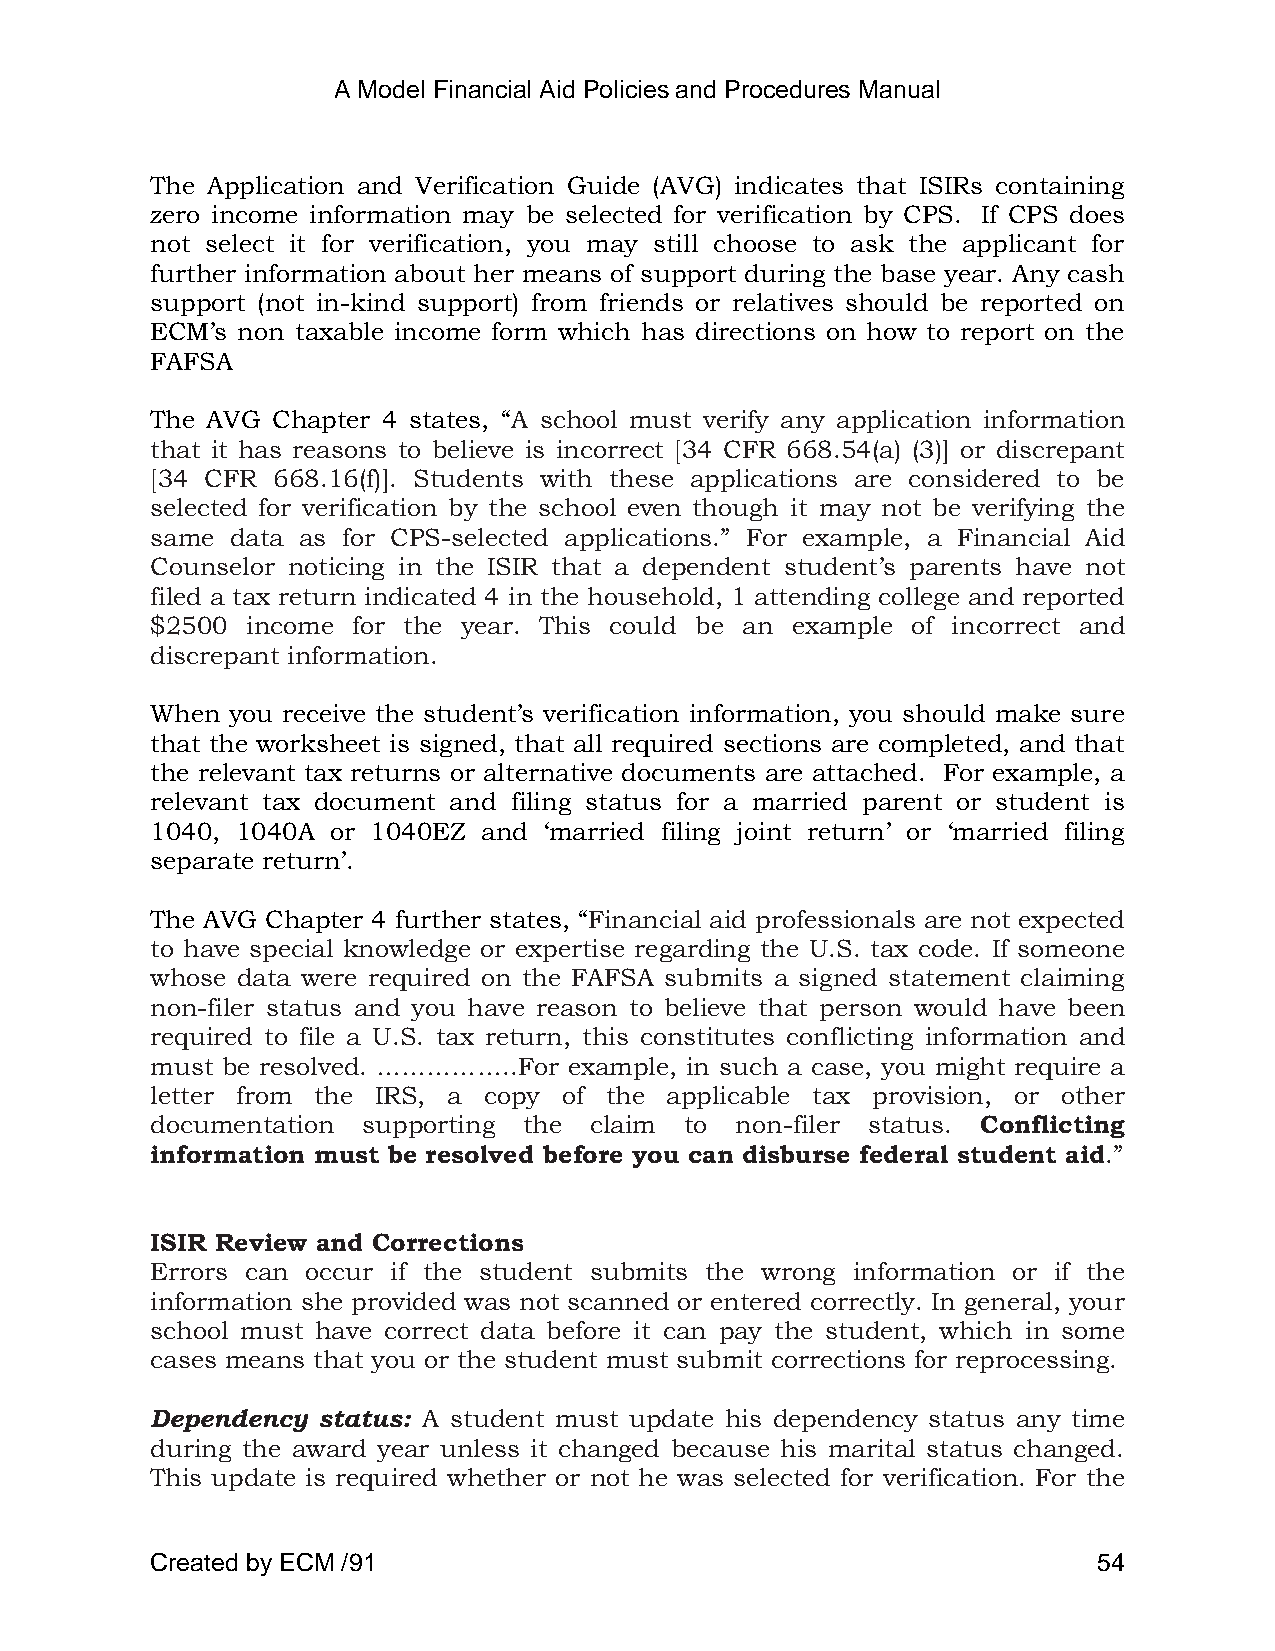
A Model Financial Aid Policies and Procedures Manual
 The Application and Verification Guide (AVG) indicates that ISIRs containing
 zero income information may be selected for verification by CPS. If CPS does
 not select it for verification, you may still choose to ask the applicant for
 further information about her means of support during the base year. Any cash
 support (not in-kind support) from friends or relatives should be reported on
 ECM‘s non taxable income form which has directions on how to report on the
 FAFSA
 The AVG Chapter 4 states, ―A school must verify any application information
 that it has reasons to believe is incorrect [34 CFR 668.54(a) (3)] or discrepant
 [34 CFR 668.16(f)]. Students with these applications are considered to be
 selected for verification by the school even though it may not be verifying the
 same data as for CPS-selected applications.‖ For example, a Financial Aid
 Counselor noticing in the ISIR that a dependent student‘s parents have not
 filed a tax return indicated 4 in the household, 1 attending college and reported
 $2500 income for the year. This could be an example of incorrect and
 discrepant information.
 When you receive the student‘s verification information, you should make sure
 that the worksheet is signed, that all required sections are completed, and that
 the relevant tax returns or alternative documents are attached. For example, a
 relevant tax document and filing status for a married parent or student is
 1040, 1040A or 1040EZ and ‗married filing joint return‘ or ‗married filing
 separate return‘.
 The AVG Chapter 4 further states, ―Financial aid professionals are not expected
 to have special knowledge or expertise regarding the U.S. tax code. If someone
 whose data were required on the FAFSA submits a signed statement claiming
 non-filer status and you have reason to believe that person would have been
 required to file a U.S. tax return, this constitutes conflicting information and
 must be resolved. ……………..For example, in such a case, you might require a
 letter from the IRS, a copy of the applicable tax provision, or other
 documentation supporting the claim to  non-filer status. Conflicting
 information must be resolved before you can disburse federal student aid.‖
 ISIR Review and Corrections
 Errors can occur if the student submits the wrong information or if the
 information she provided was not scanned or entered correctly. In general, your
 school must have correct data before it can pay the student, which in some
 cases means that you or the student must submit corrections for reprocessing.
 Dependency status: A student must update his dependency status any time
 during the award year unless it changed because his marital status changed.
 This update is required whether or not he was selected for verification. For the
 Created by ECM /91                                             54